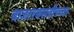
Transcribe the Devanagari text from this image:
बाजारबसवीच्च्या